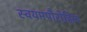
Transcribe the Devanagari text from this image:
स्वयमपौरोहित्य